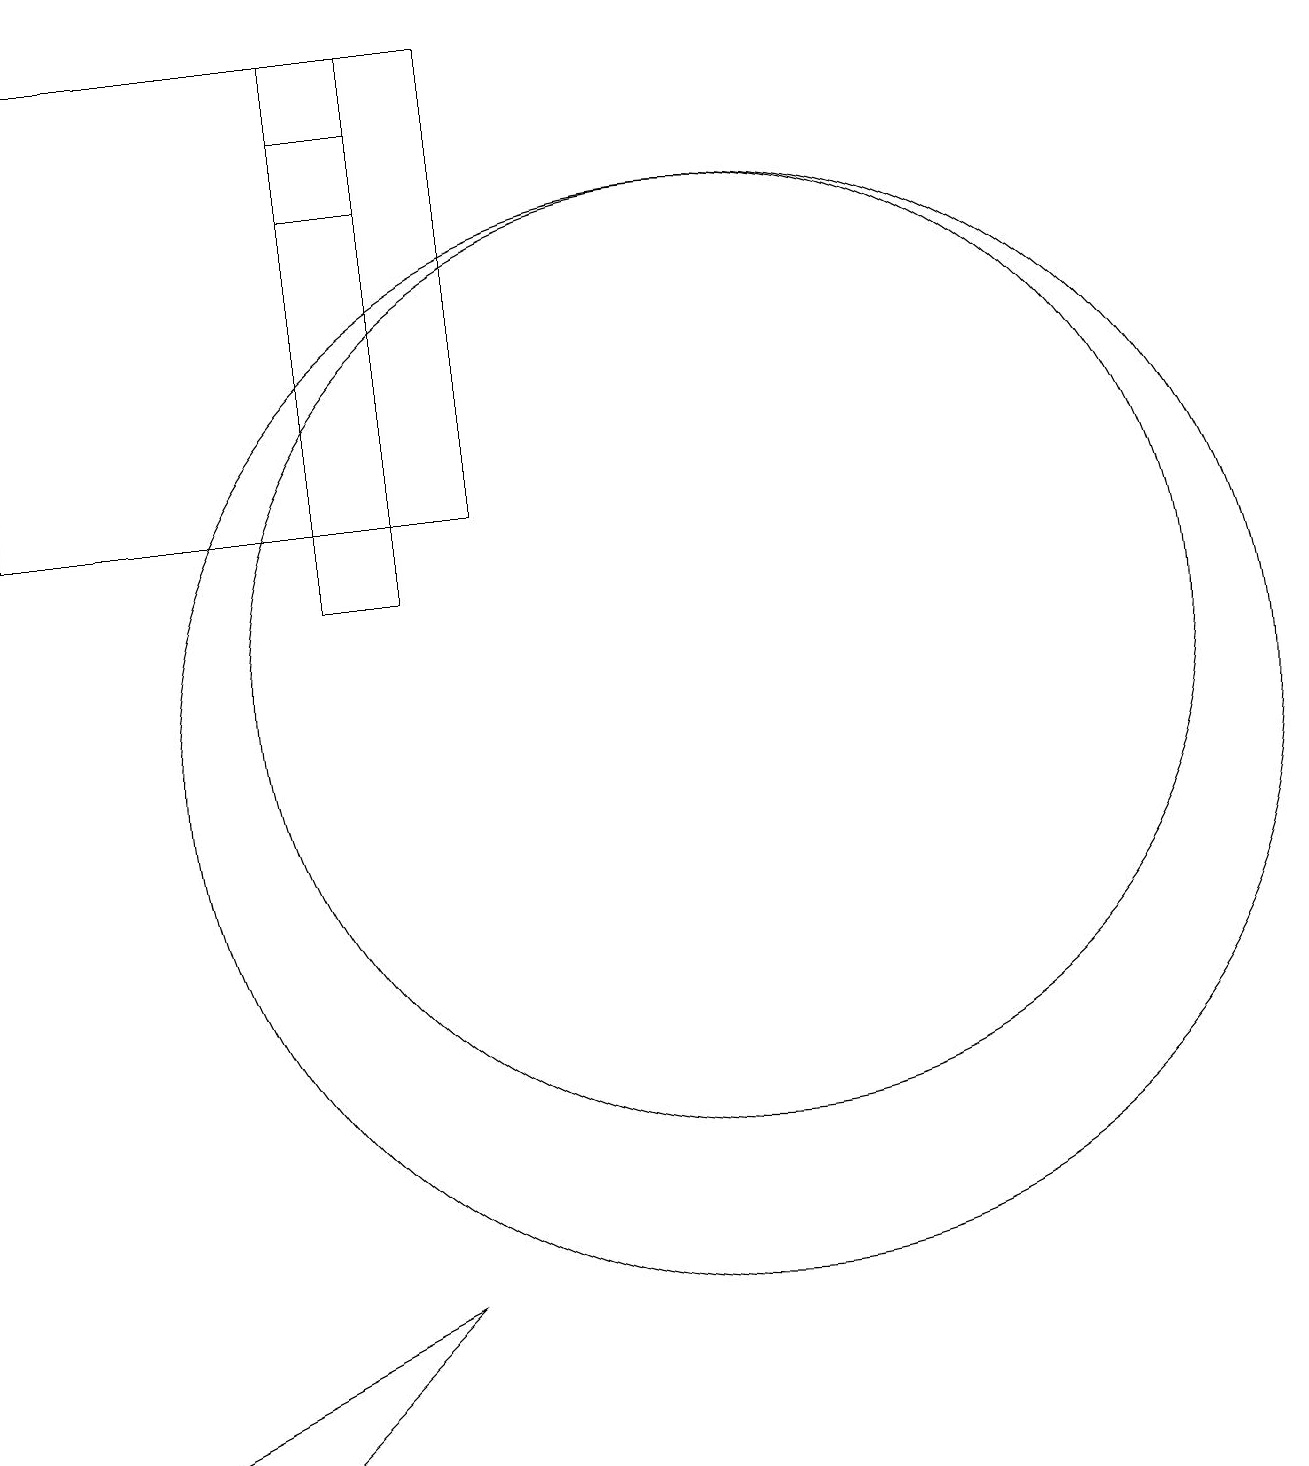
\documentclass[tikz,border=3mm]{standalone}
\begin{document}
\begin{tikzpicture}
\draw (2,13) rectangle (8,19);
\draw (3,1) -- (5,1) -- (7,3) -- cycle;
\draw (11,10) circle (7);
\draw (6,19) rectangle (7,17);
\draw (11,11) circle (6);
\draw (6,18) rectangle (7,12);
\draw (6,19) rectangle (7,18);
\draw (12,10) circle (0);
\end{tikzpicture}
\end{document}